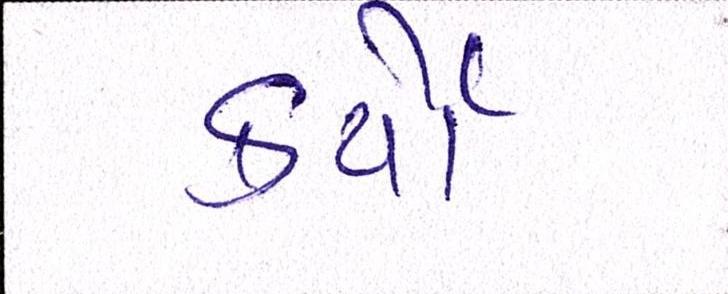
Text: કર્યેા